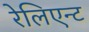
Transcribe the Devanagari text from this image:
रेलिएन्ट